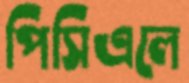
পিসিএলে